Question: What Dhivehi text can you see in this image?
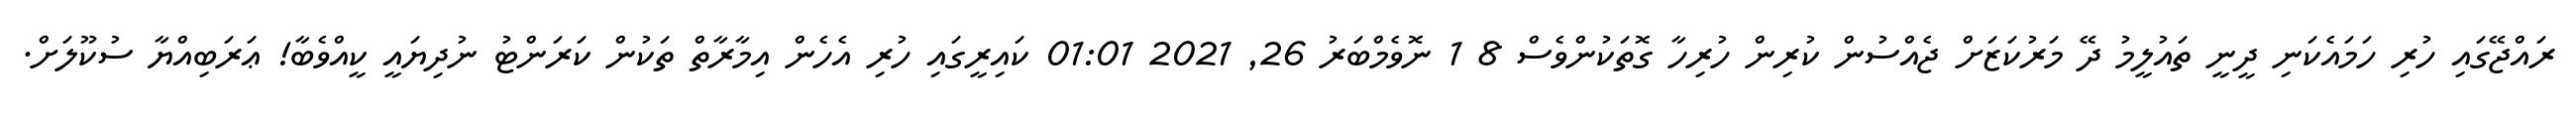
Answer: ރައްޖޭގައި ހުރި ހަމައެކަނި ދީނީ ތައުލީމު ދޭ މަރުކަޒަށް ޖެއްސުން ކުރިން ހުރިހާ ގޮތަކުންވެސް 8 1 ނޮވެމްބަރު 26, 2021 01:01 ކައިރީގައި ހުރި އެހެން އިމާރާތް ތަކުން ކަރަންޓު ނުދިޔައީ ކީއްވެބާ! ޢަރަބިއްޔާ ސުކޫލަށް.